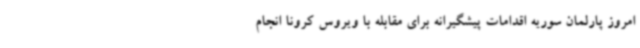
امروز پارلمان سوریه اقدامات پیشگیرانه برای مقابله با ویروس کرونا انجام